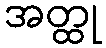
အတ္ထု